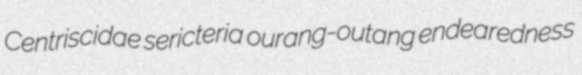
Centriscidae sericteria ourang-outang endearedness